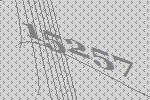
15257